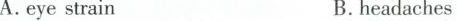
A.eye strainB. headaches